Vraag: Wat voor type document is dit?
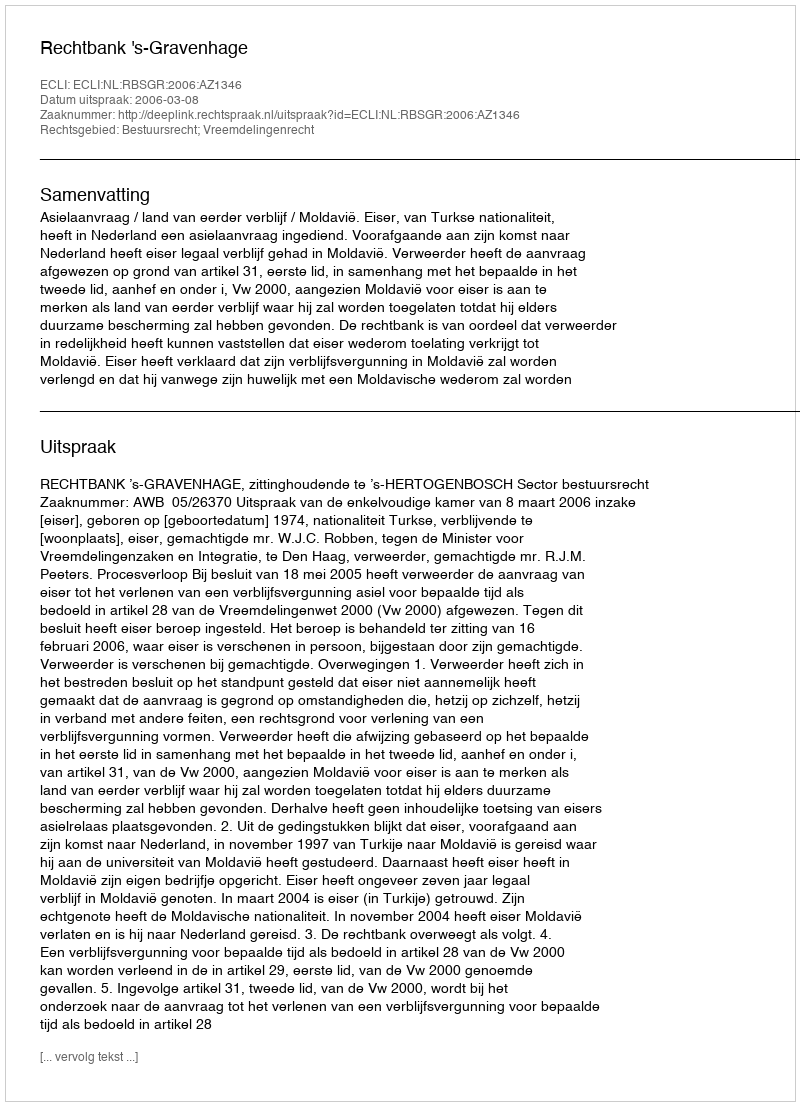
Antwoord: Uitspraak